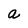
Character: a